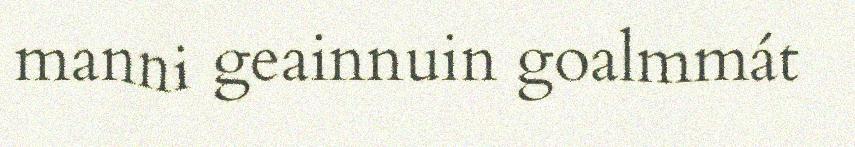
manni geainnuin goalmmát